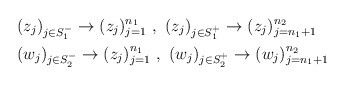
\begin{align*}&(z_j)_{j\in S_1^-}\to (z_j)_{j=1}^{n_1}\,\,,\,\,(z_j)_{j\in S_1^+}\to (z_j)_{j=n_1+1}^{n_2}\\&(w_j)_{j\in S_2^-}\to (z_j)_{j=1}^{n_1}\,\,,\,\,(w_j)_{j\in S_2^+}\to (w_j)_{j=n_1+1}^{n_2}\end{align*}